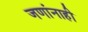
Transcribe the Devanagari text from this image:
जणांनाही